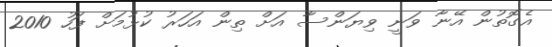
އެގޮތުން އޭނާ ވަނީ ވިޔަންސާ އަށް ތިން އަހަރު ކުޅުމަށް ފަހު 2010